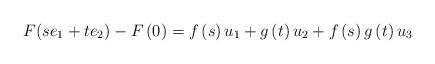
LaTeX: \begin{align*}F(se_{1}+te_{2})-F\left(0\right)=f\left(s\right)u_{1}+g\left(t\right)u_{2}+f\left(s\right)g\left(t\right)u_{3}\end{align*}